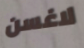
لاغسن